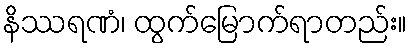
နိဿရဏံ၊ ထွက်မြောက်ရာတည်း။